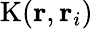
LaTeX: \mathrm{K}(\mathbf{r},\mathbf{r}_{i})